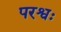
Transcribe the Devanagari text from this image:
परश्वः